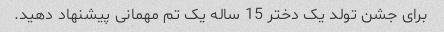
برای جشن تولد یک دختر 15 ساله یک تم مهمانی پیشنهاد دهید.